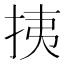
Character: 挗